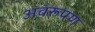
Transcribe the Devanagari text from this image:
अवरूपण